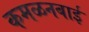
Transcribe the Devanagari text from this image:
कमळनबाई